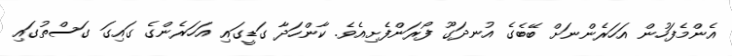
އެންމެފަހުން އަހަރެންނަށް ބޭބެގެ އުނދަގޫ ފޯރަންފެށިއެވެ. ކާންހަދާ ގަޑީގައި އަހަރެންގެ ގައިގަ ގަސްތުގައި